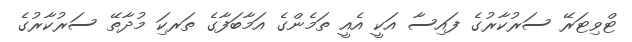
ޓްވިޓަރޭ ސަރުކާރުގެ ފައިސާ އަކީ އެއީ ތަމެންގެ އަމާބަފާގެ ތަރކިަ މުދާތޭ ސަރުކާރުގެ